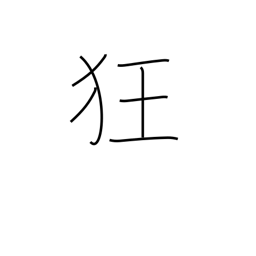
Meaning: crazy